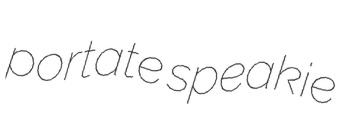
portate speakie